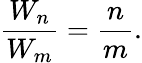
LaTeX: {\frac{W_{n}}{W_{m}}}={\frac{n}{m}}.